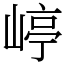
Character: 嵉